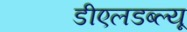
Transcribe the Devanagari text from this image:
डीएलडब्ल्यू